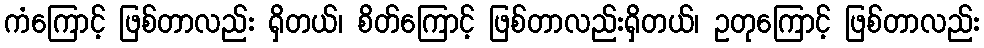
ကံကြောင့် ဖြစ်တာလည်း ရှိတယ်၊ စိတ်ကြောင့် ဖြစ်တာလည်းရှိတယ်၊ ဥတုကြောင့် ဖြစ်တာလည်း